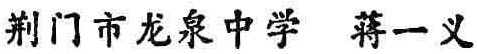
荆门市龙泉中学 蒋一义